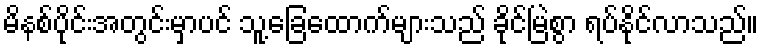
မိနစ်ပိုင်းအတွင်းမှာပင် သူ့ခြေထောက်များသည် ခိုင်မြဲစွာ ရပ်နိုင်လာသည်။